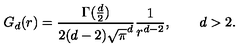
G _ { d } ( r ) = \frac { \Gamma ( \frac { d } { 2 } ) } { 2 ( d - 2 ) \sqrt { \pi } ^ { d } } \frac { 1 } { r ^ { d - 2 } } , \qquad d > 2 .